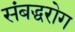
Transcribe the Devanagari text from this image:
संबद्धरोग